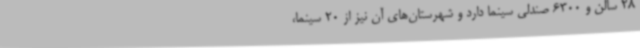
28 سالن و 6300 صندلی سینما دارد و شهرستان‌های آن نیز از 20 سینما،